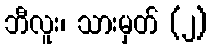
ဘီလူး၊ သားမှတ် (၂)